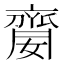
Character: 䶒